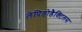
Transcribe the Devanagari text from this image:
लेपिडोडैक्टिलस